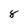
Character: 8